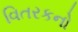
વિતરકનો